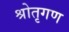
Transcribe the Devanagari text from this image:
श्रोतृगण